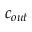
c _ { o u t }